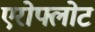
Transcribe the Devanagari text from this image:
एरोफ्लोट